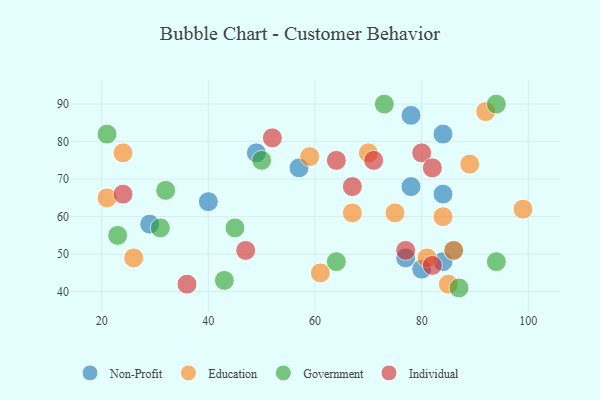
{"axis": {"x": "GDP", "y": "Life Expectancy"}, "legend": ["Education", "Government", "Individual", "Non-Profit"], "data": [{"x": "77", "y": 49, "type": "Non-Profit"}, {"x": "78", "y": 87, "type": "Non-Profit"}, {"x": "57", "y": 73, "type": "Non-Profit"}, {"x": "49", "y": 77, "type": "Non-Profit"}, {"x": "84", "y": 48, "type": "Non-Profit"}, {"x": "84", "y": 66, "type": "Non-Profit"}, {"x": "29", "y": 58, "type": "Non-Profit"}, {"x": "84", "y": 82, "type": "Non-Profit"}, {"x": "86", "y": 51, "type": "Non-Profit"}, {"x": "80", "y": 46, "type": "Non-Profit"}, {"x": "40", "y": 64, "type": "Non-Profit"}, {"x": "78", "y": 68, "type": "Non-Profit"}, {"x": "86", "y": 51, "type": "Education"}, {"x": "26", "y": 49, "type": "Education"}, {"x": "92", "y": 88, "type": "Education"}, {"x": "81", "y": 49, "type": "Education"}, {"x": "59", "y": 76, "type": "Education"}, {"x": "89", "y": 74, "type": "Education"}, {"x": "84", "y": 60, "type": "Education"}, {"x": "70", "y": 77, "type": "Education"}, {"x": "99", "y": 62, "type": "Education"}, {"x": "61", "y": 45, "type": "Education"}, {"x": "67", "y": 61, "type": "Education"}, {"x": "75", "y": 61, "type": "Education"}, {"x": "21", "y": 65, "type": "Education"}, {"x": "85", "y": 42, "type": "Education"}, {"x": "24", "y": 77, "type": "Education"}, {"x": "94", "y": 90, "type": "Government"}, {"x": "21", "y": 82, "type": "Government"}, {"x": "73", "y": 90, "type": "Government"}, {"x": "87", "y": 41, "type": "Government"}, {"x": "45", "y": 57, "type": "Government"}, {"x": "23", "y": 55, "type": "Government"}, {"x": "64", "y": 48, "type": "Government"}, {"x": "43", "y": 43, "type": "Government"}, {"x": "94", "y": 48, "type": "Government"}, {"x": "32", "y": 67, "type": "Government"}, {"x": "50", "y": 75, "type": "Government"}, {"x": "31", "y": 57, "type": "Government"}, {"x": "67", "y": 68, "type": "Individual"}, {"x": "80", "y": 77, "type": "Individual"}, {"x": "82", "y": 47, "type": "Individual"}, {"x": "47", "y": 51, "type": "Individual"}, {"x": "52", "y": 81, "type": "Individual"}, {"x": "77", "y": 51, "type": "Individual"}, {"x": "24", "y": 66, "type": "Individual"}, {"x": "36", "y": 42, "type": "Individual"}, {"x": "64", "y": 75, "type": "Individual"}, {"x": "71", "y": 75, "type": "Individual"}, {"x": "82", "y": 73, "type": "Individual"}]}